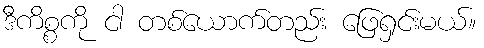
ဒီကိစ္စကို ငါ တစ်ယောက်တည်း ဖြေရှင်းမယ်။